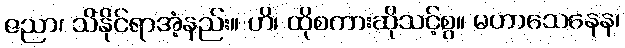
ဇညာ၊ သိနိုင်ရာအံ့နည်း။ ဟိ၊ ထိုစကားဆိုသင့်စွ။ မဟာသေနေန၊